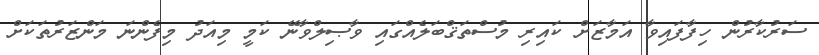
ސަރުކާރުން ހިފާފައިވާ އަމާޒަށް ކައިރި މުސްތަޤްބަލެއްގައި ވާޞިލްވާނޭ ކަމީ މިއަދު މިފެންނަ މަންޒަރުތަކަށް